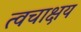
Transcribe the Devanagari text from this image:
त्वचाक्षय